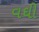
વઘી